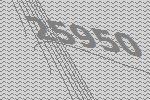
25950